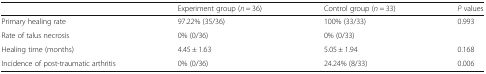
<table><thead><tr><td></td><td><b>Experiment group (<i>n</i> = 36)</b></td><td><b>Control group (<i>n</i> = 33)</b></td><td><b><i>P</i> values</b></td></tr></thead><tbody><tr><td>Primary healing rate</td><td>97.22% (35/36)</td><td>100% (33/33)</td><td>0.993</td></tr><tr><td>Rate of talus necrosis</td><td>0% (0/36)</td><td>0% (0/33)</td><td></td></tr><tr><td>Healing time (months)</td><td>4.45 ± 1.63</td><td>5.05 ± 1.94</td><td>0.168</td></tr><tr><td>Incidence of post-traumatic arthritis</td><td>0% (0/36)</td><td>24.24% (8/33)</td><td>0.006</td></tr></tbody></table>